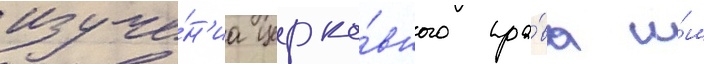
изуче́н'иа церко́вного пра́ва и́м